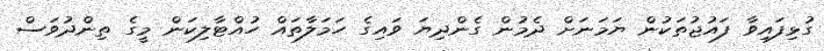
ގުޅިފައިވާ ފައުޖުތަކުން ޔަމަނަށް ދެމުން ގެންދިޔަ ވައިގެ ހަމަލާތައް ހުއްޓާލިކަން މީގެ ތިންދުވަސް